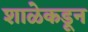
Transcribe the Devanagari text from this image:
शाळेकडून